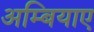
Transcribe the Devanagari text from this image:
अम्बियाए